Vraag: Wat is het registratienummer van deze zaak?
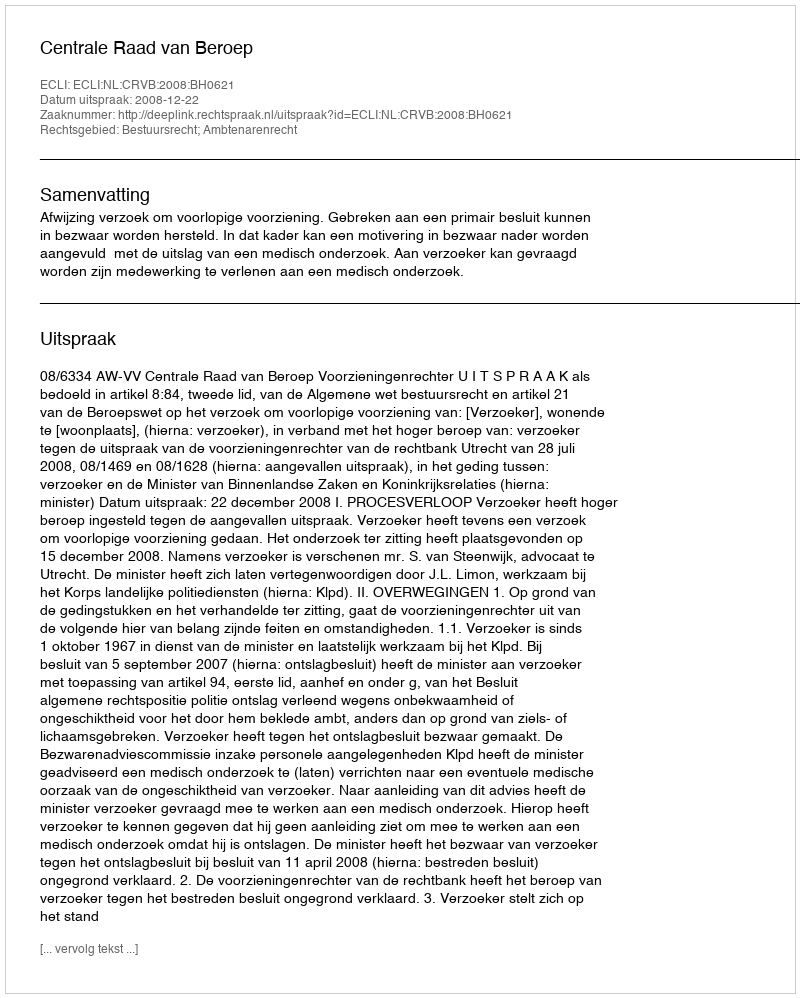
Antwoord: http://deeplink.rechtspraak.nl/uitspraak?id=ECLI:NL:CRVB:2008:BH0621